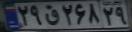
۲۹ق۲۶۸۲۹